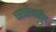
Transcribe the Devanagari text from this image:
घराशेजारीच